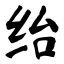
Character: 绐